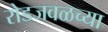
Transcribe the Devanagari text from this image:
रोडजवळच्या